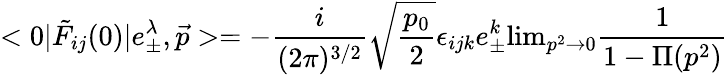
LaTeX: <0|\tilde{F}_{ij}(0)|e_{\pm}^{\lambda},{\vec{p}}>=-{\frac{i}{(2\pi)^{3/2}}}\sqrt{\frac{p_{0}}{2}}\epsilon_{ijk}e_{\pm}^{k}\mathrm{lim}_{p^{2}\rightarrow 0}{\frac{1}{1-\Pi(p^{2})}}